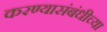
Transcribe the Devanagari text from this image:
करण्यासंबंधीच्या